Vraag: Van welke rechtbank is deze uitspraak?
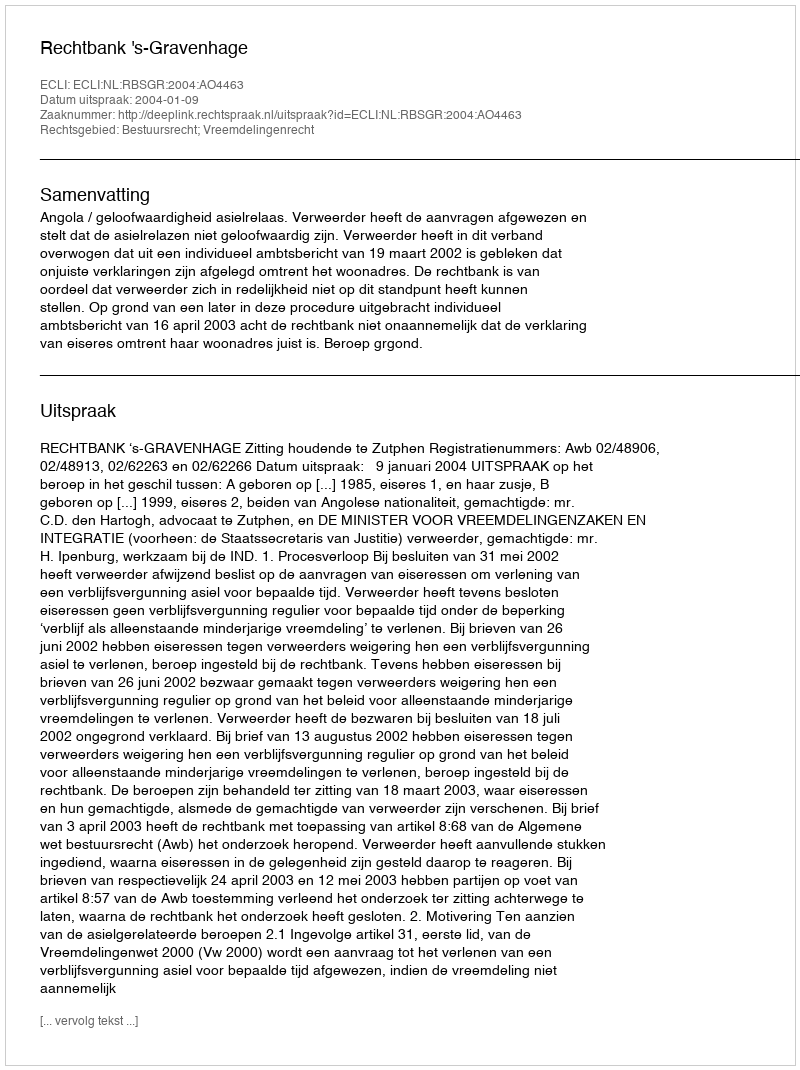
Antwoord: Rechtbank 's-Gravenhage